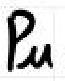
$\mu$